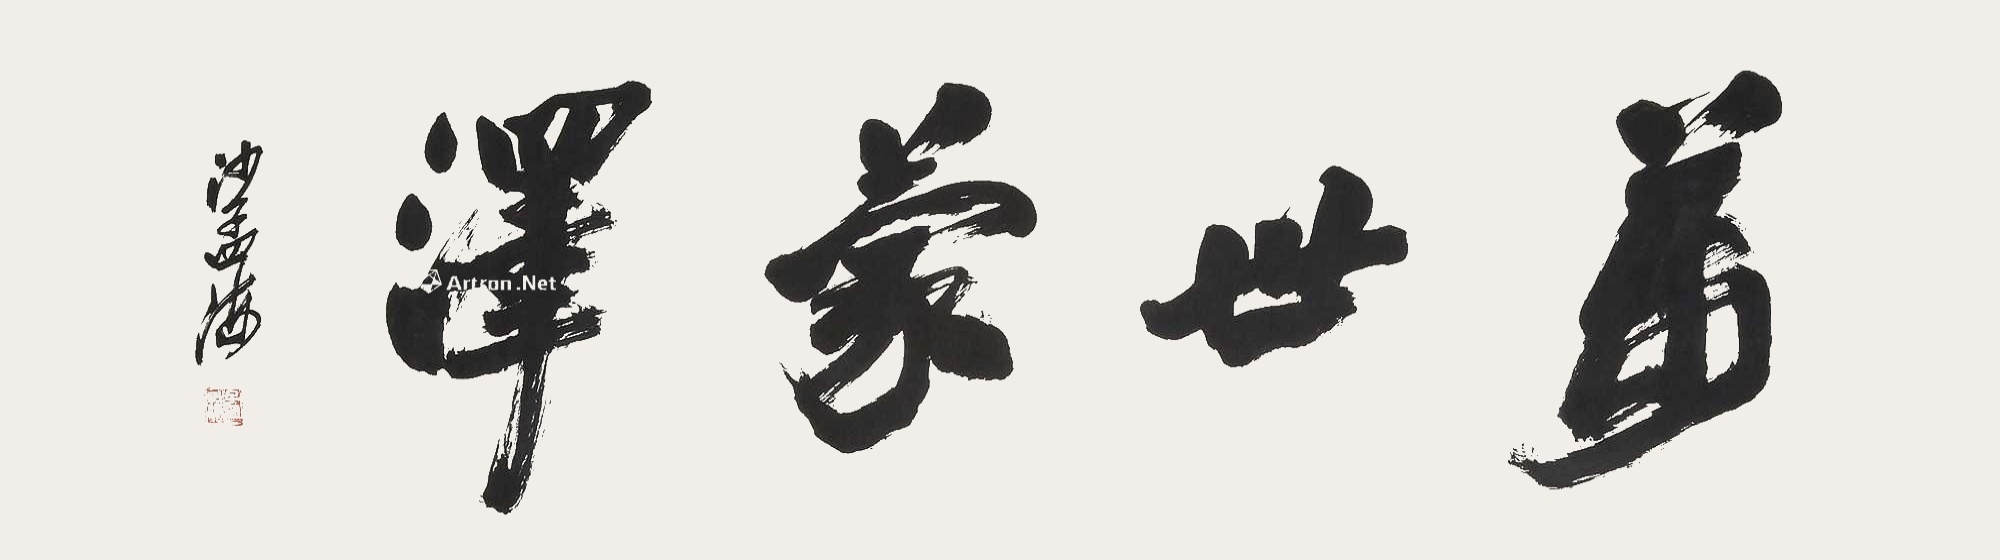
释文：万世蒙泽。沙孟海。